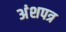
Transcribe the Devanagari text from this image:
अंशपत्र